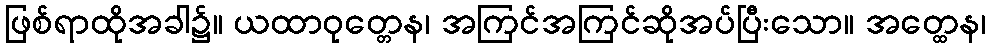
ဖြစ်ရာထိုအခါ၌။ ယထာဝုတ္တေန၊ အကြင်အကြင်ဆိုအပ်ပြီးသော။ အတ္ထေန၊